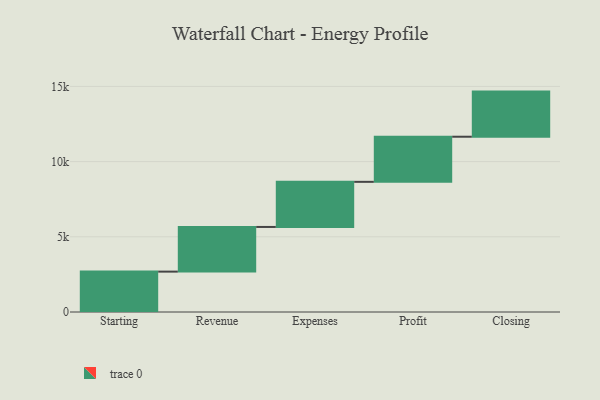
{"axis": {"x": "Step", "y": "Value"}, "legend": [""], "data": [{"x": "Starting", "y": 2685.0, "type": ""}, {"x": "Revenue", "y": 2970.0, "type": ""}, {"x": "Expenses", "y": 3000, "type": ""}, {"x": "Profit", "y": 3000, "type": ""}, {"x": "Closing", "y": 3000, "type": ""}]}